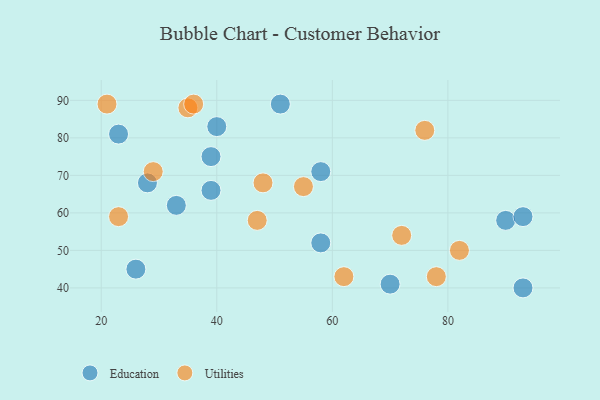
{"axis": {"x": "GDP", "y": "Life Expectancy"}, "legend": ["Education", "Utilities"], "data": [{"x": "33", "y": 62, "type": "Education"}, {"x": "39", "y": 75, "type": "Education"}, {"x": "39", "y": 66, "type": "Education"}, {"x": "58", "y": 52, "type": "Education"}, {"x": "93", "y": 40, "type": "Education"}, {"x": "40", "y": 83, "type": "Education"}, {"x": "28", "y": 68, "type": "Education"}, {"x": "90", "y": 58, "type": "Education"}, {"x": "51", "y": 89, "type": "Education"}, {"x": "23", "y": 81, "type": "Education"}, {"x": "26", "y": 45, "type": "Education"}, {"x": "93", "y": 59, "type": "Education"}, {"x": "58", "y": 71, "type": "Education"}, {"x": "70", "y": 41, "type": "Education"}, {"x": "21", "y": 89, "type": "Utilities"}, {"x": "82", "y": 50, "type": "Utilities"}, {"x": "76", "y": 82, "type": "Utilities"}, {"x": "29", "y": 71, "type": "Utilities"}, {"x": "48", "y": 68, "type": "Utilities"}, {"x": "55", "y": 67, "type": "Utilities"}, {"x": "35", "y": 88, "type": "Utilities"}, {"x": "47", "y": 58, "type": "Utilities"}, {"x": "62", "y": 43, "type": "Utilities"}, {"x": "36", "y": 89, "type": "Utilities"}, {"x": "78", "y": 43, "type": "Utilities"}, {"x": "23", "y": 59, "type": "Utilities"}, {"x": "72", "y": 54, "type": "Utilities"}]}